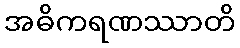
အဓိကရဏဿာတိ